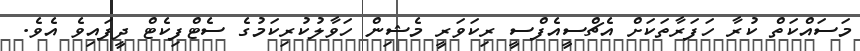
މަސައްކަތް ކުރާ ހަފަރާތަކަށް އެޗްސީއެފްސީ ރިކަވަރީ މެޝިން ހަވާލުކުރިކަމުގެ ސެޓްފިކެޓް ދީފައިވެ އެވެ.